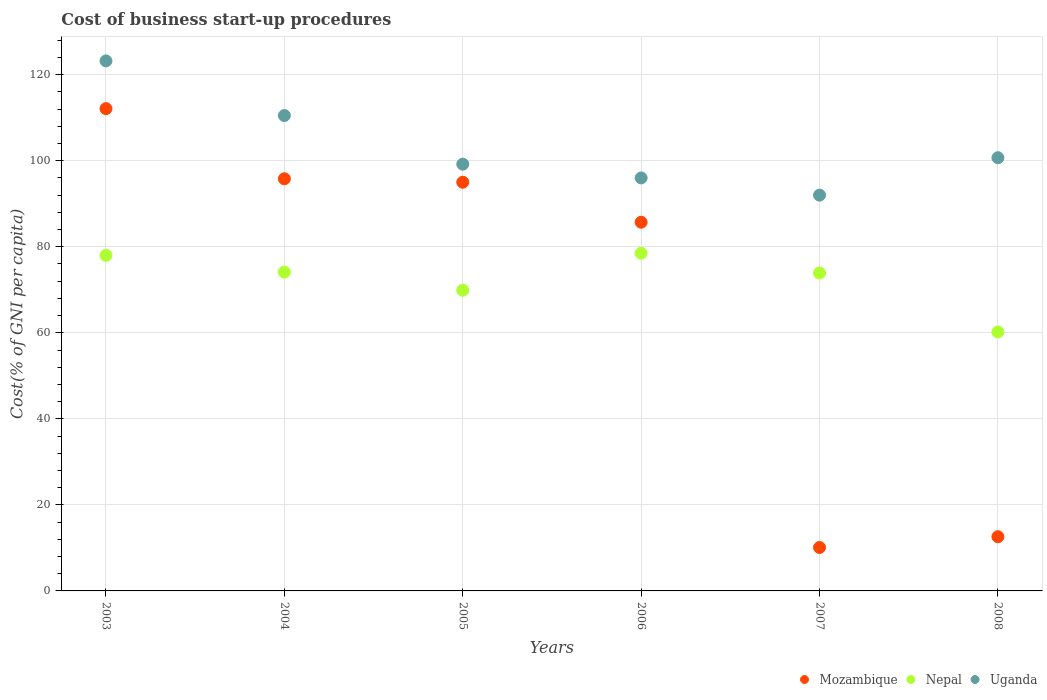
| Years | Mozambique | Nepal | Uganda |
 | --- | --- | --- | --- |
 | 2003 | 112 | 78 | 123 |
 | 2004 | 95.8 | 74.1 | 110 |
 | 2005 | 95 | 69.9 | 99.2 |
 | 2006 | 85.7 | 78.5 | 96 |
 | 2007 | 10.1 | 73.9 | 92 |
 | 2008 | 12.6 | 60.2 | 101 |